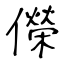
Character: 儝